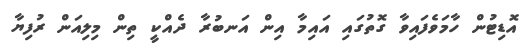
އޮޑިޓުން ހާމަވެފައިވާ ގޮތުގައި އައިމާ އިން އަނބުރާ ދެއްކީ ތިން މިލިއަން ރުފިޔާ